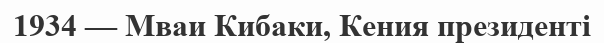
1934 — Мваи Кибаки, Кения президенті